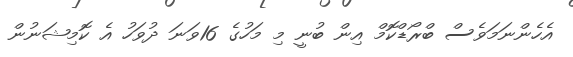
އެހެންނަމަަވެސް ބްރޯޑްކޮމް އިން ބުނީ މި މަހުގެ 16ވަނަ ދުވަހު އެ ކޮމިޝަނުން